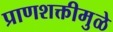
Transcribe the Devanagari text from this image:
प्राणशक्तीमुळे